system: You are a helpful assistant.
user:
Analyze the provided spectrum to determine if it is a **Carbon Star (C-type)**.

- **Key Visual Indicators of Carbon Star:**
    - **(Primary):** Strong molecular absorption from **C₂ (diatomic carbon) "Swan Bands."** This is the **defining feature** of a carbon star.
        - **(Key Bandheads):** Sharp absorption edges are visible at approximately $5635$ Å, $5165$ Å (the strongest band), and $4737$ Å.
        - **(Line Profile):** Creates a distinct **"saw-tooth"** pattern. The key morphology is a sharp, steep bandhead on the **red (long-wavelength) side**, which then gradually tapers off (i.e., flux recovers) towards the **blue (short-wavelength) side**. *(This is the direct opposite of the TiO bands seen in M-type stars)*.

    - **(Secondary):** Intense **CN (cyanogen)** molecular absorption bands.
        - **(Key Bandheads):** Located in the blue and violet regions of the spectrum (e.g., near $4215$ Å and $3883$ Å).
        - **(Morphology):** These bands are extremely broad and act as a "blanket," absorbing the vast majority of blue and violet light. This creates a characteristic **"cliff"** or **"steep drop-off"** in the spectrum's flux at short wavelengths.

    - **(Key Confirmation):** Strong **CH absorption band (G-band)**.
        - **(Key Bandhead):** Located around $4300$ Å. The contribution from CH molecules to this band is exceptionally strong.

    - **(Overall Spectrum):**
        - The continuum is severely "chopped up" by these deep molecular bands, especially C₂, rather than appearing as a smooth curve.
        - Due to the heavy CN and C₂ absorption in the blue-green, the vast majority of the star's flux is concentrated in the red part of the spectrum, giving the star its characteristic deep red color.

Think first, call **spectral_visualization_tool** if needed to examine features in detail, then provide your final answer. Your response must adhere to the following strict rules:
1.  **Overall Structure:** Your response must follow the format `<think>...</think> <tool_call>...</tool_call> (if a tool is used) <answer>...</answer>`.
2.  **Tool Usage Constraint:** You may only make **one** tool call per turn.
3.  **Final Answer Format:** In the `<answer>` tag, your conclusion must be inside a `\boxed{}` command (e.g., `\boxed{YES}`), followed by your justification.

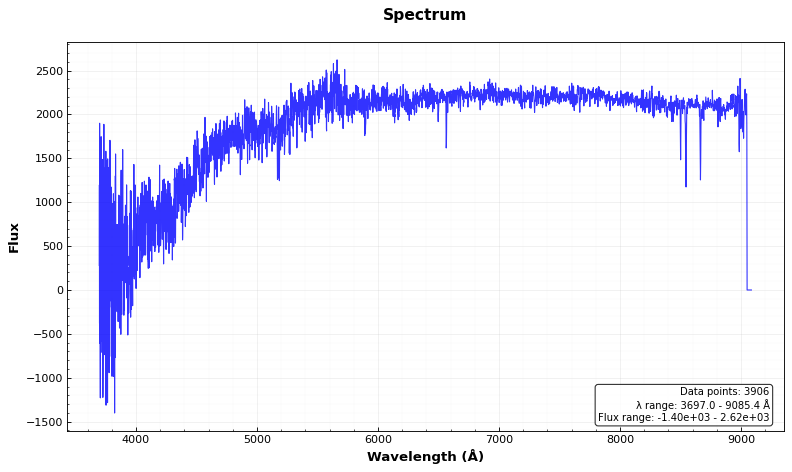
Answer: NO